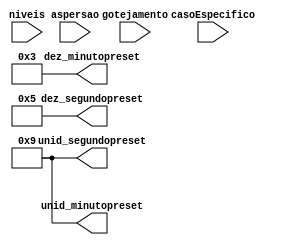
module geraPreset(niveis,aspersao,gotejamento,casoEspecifico,dez_segundopreset,unid_segundopreset,unid_minutopreset,dez_minutopreset);
	output [3:0] dez_segundopreset,unid_segundopreset,dez_minutopreset,unid_minutopreset;
	input aspersao,gotejamento,casoEspecifico;
	input [2:0] niveis;
	
	assign unid_segundopreset = 4'b1001;
	assign dez_segundopreset = 4'b0101;
	assign unid_minutopreset = 4'b1001;
	assign dez_minutopreset = 4'b0011;
endmodule